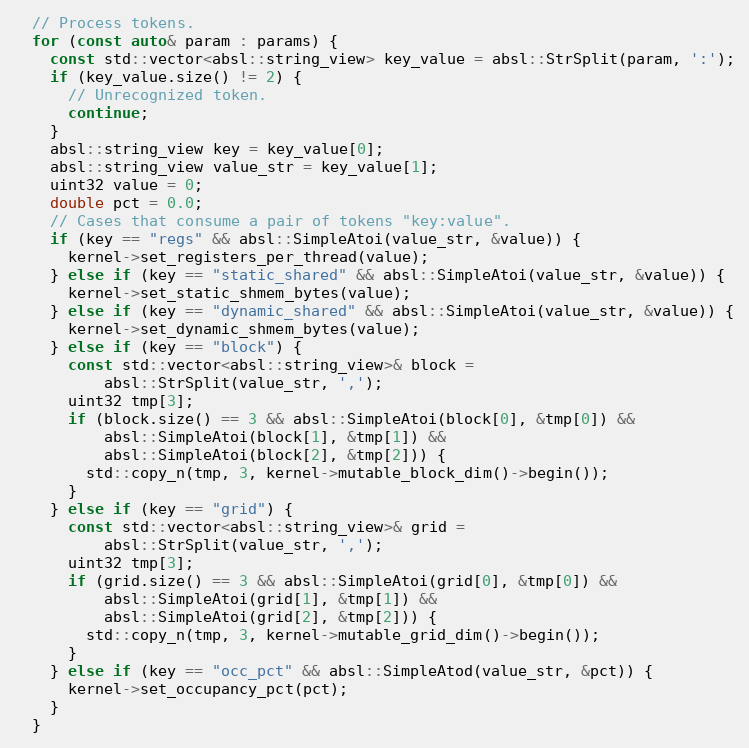
Language: C++
  // Process tokens.
  for (const auto& param : params) {
    const std::vector<absl::string_view> key_value = absl::StrSplit(param, ':');
    if (key_value.size() != 2) {
      // Unrecognized token.
      continue;
    }
    absl::string_view key = key_value[0];
    absl::string_view value_str = key_value[1];
    uint32 value = 0;
    double pct = 0.0;
    // Cases that consume a pair of tokens "key:value".
    if (key == "regs" && absl::SimpleAtoi(value_str, &value)) {
      kernel->set_registers_per_thread(value);
    } else if (key == "static_shared" && absl::SimpleAtoi(value_str, &value)) {
      kernel->set_static_shmem_bytes(value);
    } else if (key == "dynamic_shared" && absl::SimpleAtoi(value_str, &value)) {
      kernel->set_dynamic_shmem_bytes(value);
    } else if (key == "block") {
      const std::vector<absl::string_view>& block =
          absl::StrSplit(value_str, ',');
      uint32 tmp[3];
      if (block.size() == 3 && absl::SimpleAtoi(block[0], &tmp[0]) &&
          absl::SimpleAtoi(block[1], &tmp[1]) &&
          absl::SimpleAtoi(block[2], &tmp[2])) {
        std::copy_n(tmp, 3, kernel->mutable_block_dim()->begin());
      }
    } else if (key == "grid") {
      const std::vector<absl::string_view>& grid =
          absl::StrSplit(value_str, ',');
      uint32 tmp[3];
      if (grid.size() == 3 && absl::SimpleAtoi(grid[0], &tmp[0]) &&
          absl::SimpleAtoi(grid[1], &tmp[1]) &&
          absl::SimpleAtoi(grid[2], &tmp[2])) {
        std::copy_n(tmp, 3, kernel->mutable_grid_dim()->begin());
      }
    } else if (key == "occ_pct" && absl::SimpleAtod(value_str, &pct)) {
      kernel->set_occupancy_pct(pct);
    }
  }